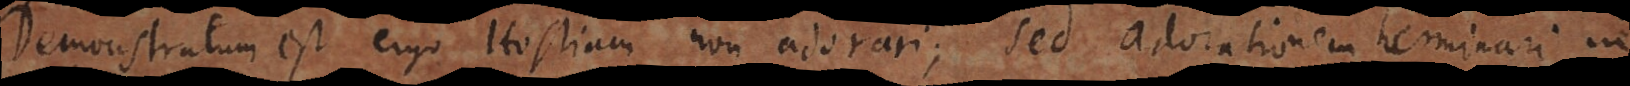
Demonstratum est ergo Hostiam non adorari; sed adorationem terminari in